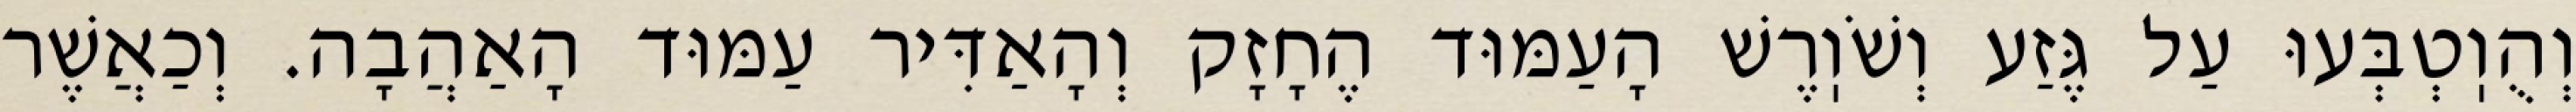
וְהֻוֽטְבְּעוּ עַל גֶּזַע וְשֹׁוֽרֶשׁ הָעַמּוּד הֶחָזָק וְהָאַדִּיר עַמּוּד הָאַהֲבָה. וְכַאֲשֶׁר